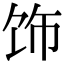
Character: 饰